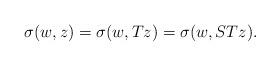
LaTeX: \begin{align*} \sigma(w,z)= \sigma(w,Tz) = \sigma(w,STz). \end{align*}